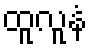
ထူလူနံ